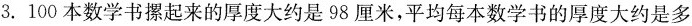
3.100本数学书摞起来的厚度大约是98厘米，平均每本数学书的厚度大约是多